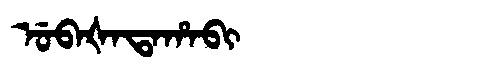
Manchu: ᡠᠪᠠᡧᠠᡨᠠᡥᠠᠪᡳ
Romanization: UBAŠATAHABI